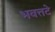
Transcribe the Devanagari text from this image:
भवत्तटे